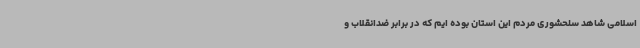
اسلامی شاهد سلحشوری مردم این استان بوده ایم که در برابر ضدانقلاب و